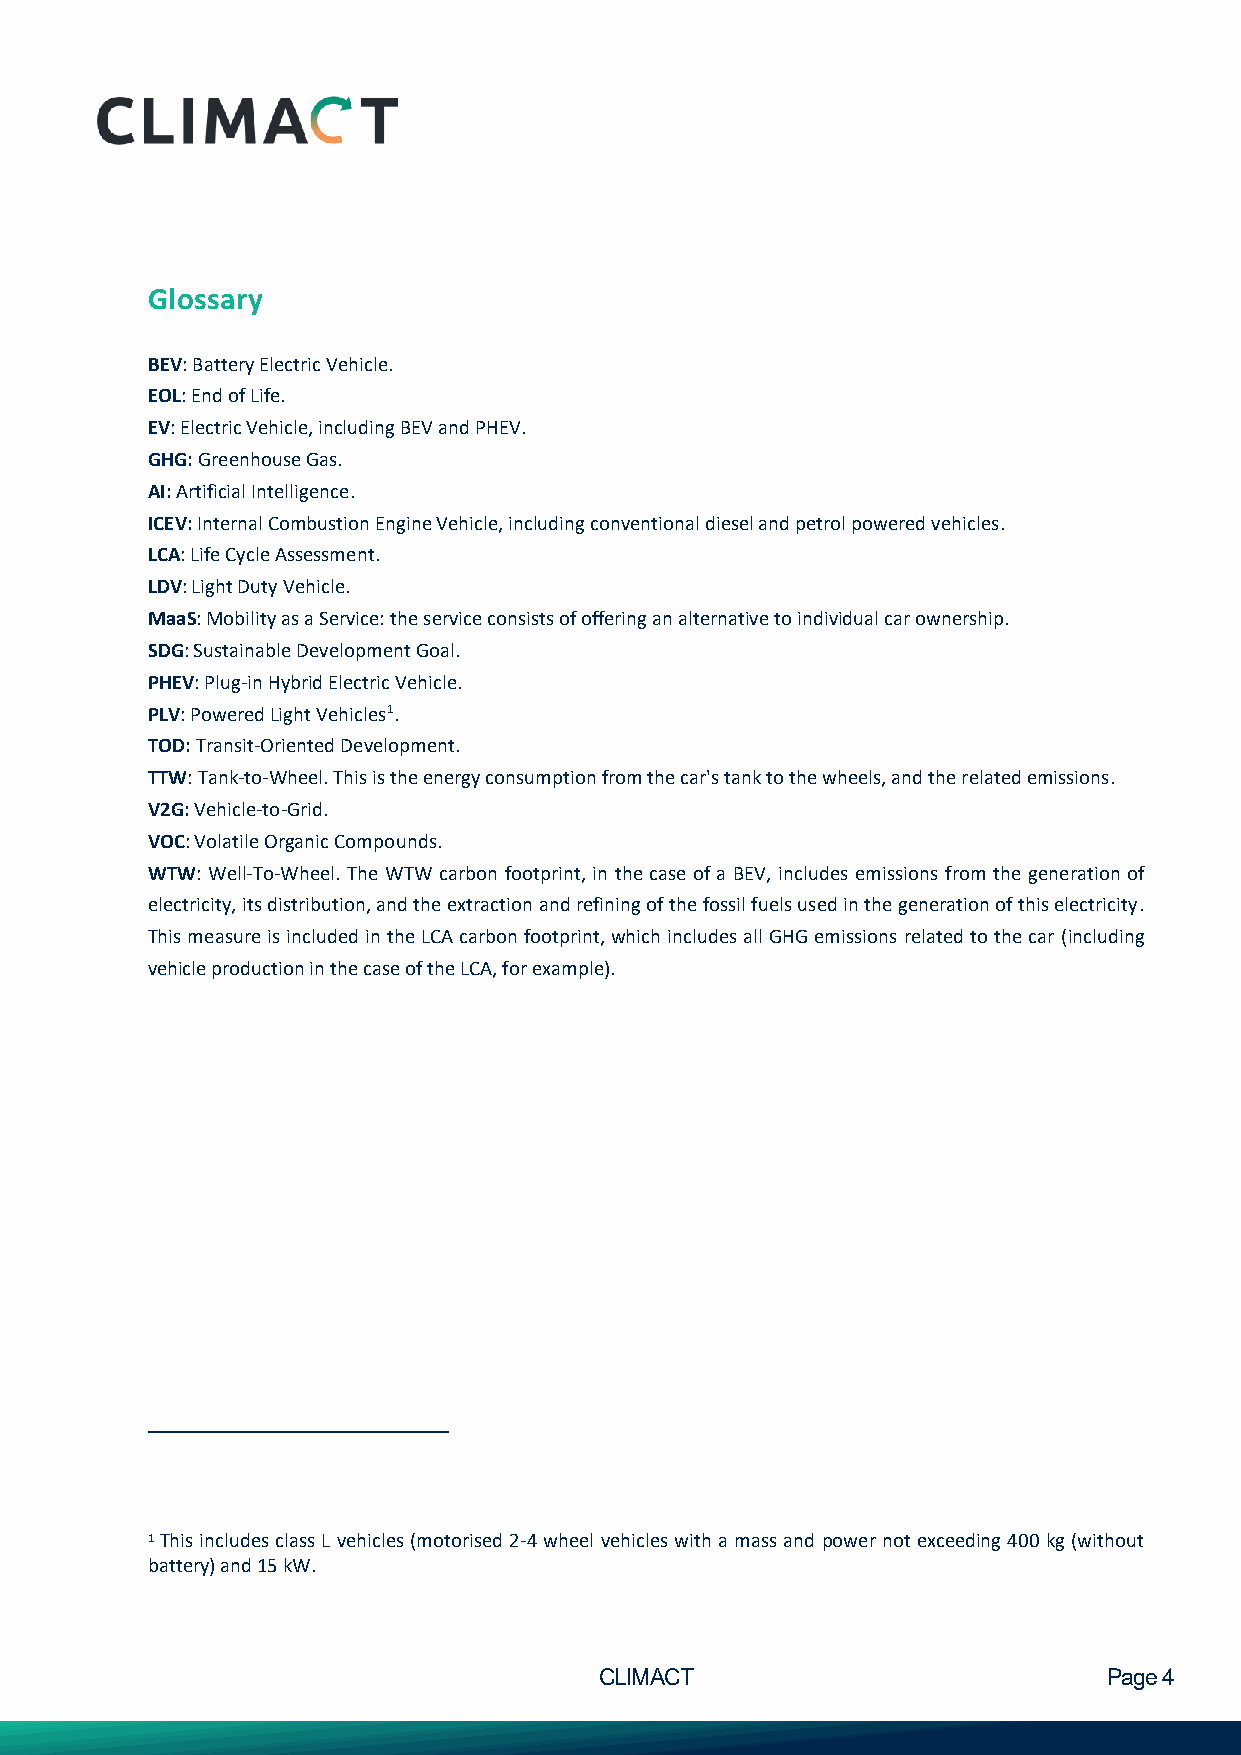
Glossary
 BEV: Battery Electric Vehicle.
 EOL: End of Life.
 EV: Electric Vehicle, including BEV and PHEV.
 GHG: Greenhouse Gas.
 AI: Artificial Intelligence.
 ICEV: Internal Combustion Engine Vehicle, including conventional diesel and petrol powered vehicles.
 LCA: Life Cycle Assessment.
 LDV: Light Duty Vehicle.
 MaaS: Mobility as a Service: the service consists of offering an alternative to individual car ownership.
 SDG: Sustainable Development Goal.
 PHEV: Plug-in Hybrid Electric Vehicle.
 PLV: Powered Light Vehicles1.
 TOD: Transit-Oriented Development.
 TTW: Tank-to-Wheel. This is the energy consumption from the car's tank to the wheels, and the related emissions.
 V2G: Vehicle-to-Grid.
 VOC: Volatile Organic Compounds.
 WTW: Well-To-Wheel. The WTW carbon footprint, in the case of a BEV, includes emissions from the generation of
 electricity, its distribution, and the extraction and refining of the fossil fuels used in the generation of this electricity.
 This measure is included in the LCA carbon footprint, which includes all GHG emissions related to the car (including
 vehicle production in the case of the LCA, for example).
 1 This includes class L vehicles (motorised 2-4 wheel vehicles with a mass and power not exceeding 400 kg (without
 battery) and 15 kW.
 CLIMACT                          Page 4